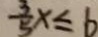
\frac { 3 } { 5 } x \leq 6